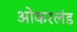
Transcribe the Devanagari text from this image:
ओकरलंड